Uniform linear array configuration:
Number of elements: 12
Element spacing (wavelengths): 1
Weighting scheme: cosine
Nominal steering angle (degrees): -15
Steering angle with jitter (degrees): -14.607
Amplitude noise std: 0.05
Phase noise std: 0.05

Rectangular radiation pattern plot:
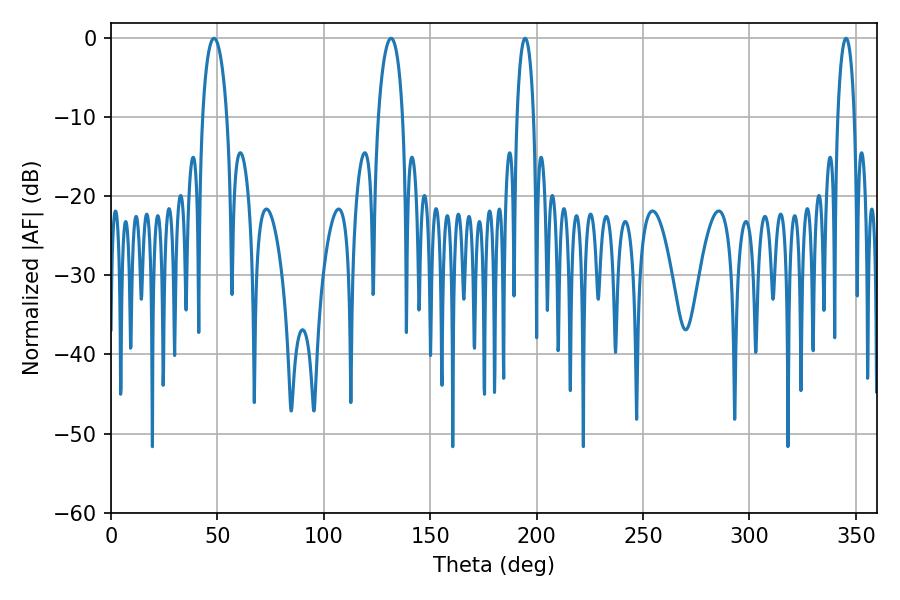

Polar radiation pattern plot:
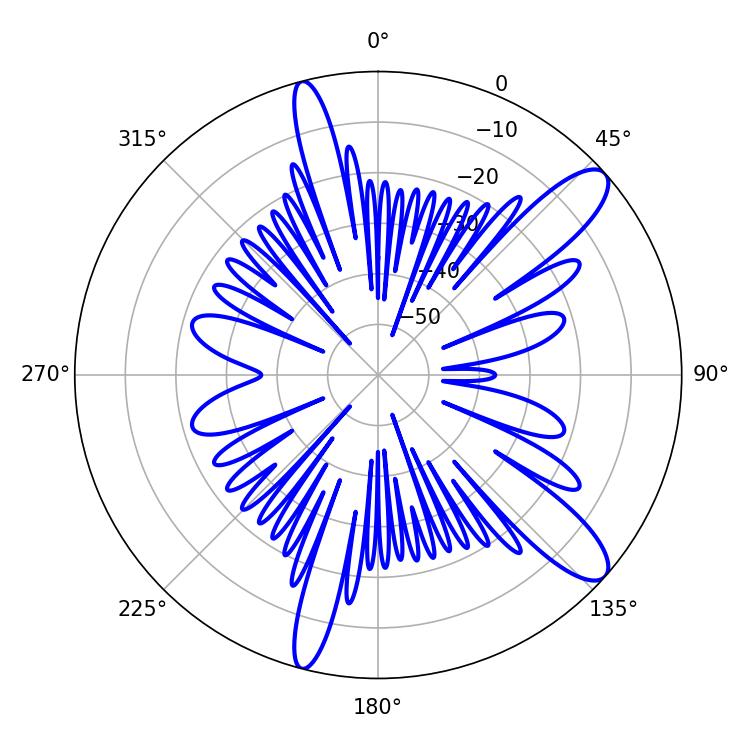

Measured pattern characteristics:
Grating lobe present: TRUE
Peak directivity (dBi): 11.469
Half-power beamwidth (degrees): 6.66
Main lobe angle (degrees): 48.42